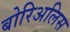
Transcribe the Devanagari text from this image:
बोरिअलिस